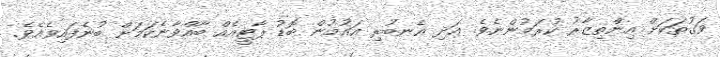
ވަގުތަކަށް އިންތިޒާރު ކުރަމުންނެވެ. އަދި އެނބުރި އައުމުން ބޮޑު ޕާޓީއެއް ބާއްވާނެކަމަށް ބުނެފައިވެއެވެ.